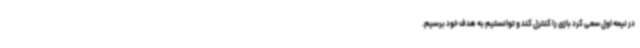
در نیمه اول سعی کرد بازی را کنترل کند و توانستیم به هدف خود برسیم.